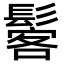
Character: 𩭽